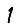
Digit: 1